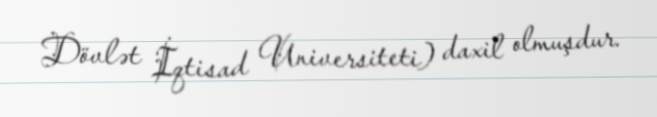
Dövlət İqtisad Universiteti) daxil olmuşdur.